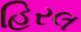
હિરલ